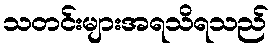
သတင်းများအရသိရသည်